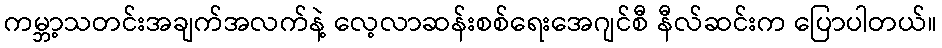
ကမ္ဘာ့သတင်းအချက်အလက်နဲ့ လေ့လာဆန်းစစ်ရေးအေဂျင်စီ နီလ်ဆင်းက ပြောပါတယ်။